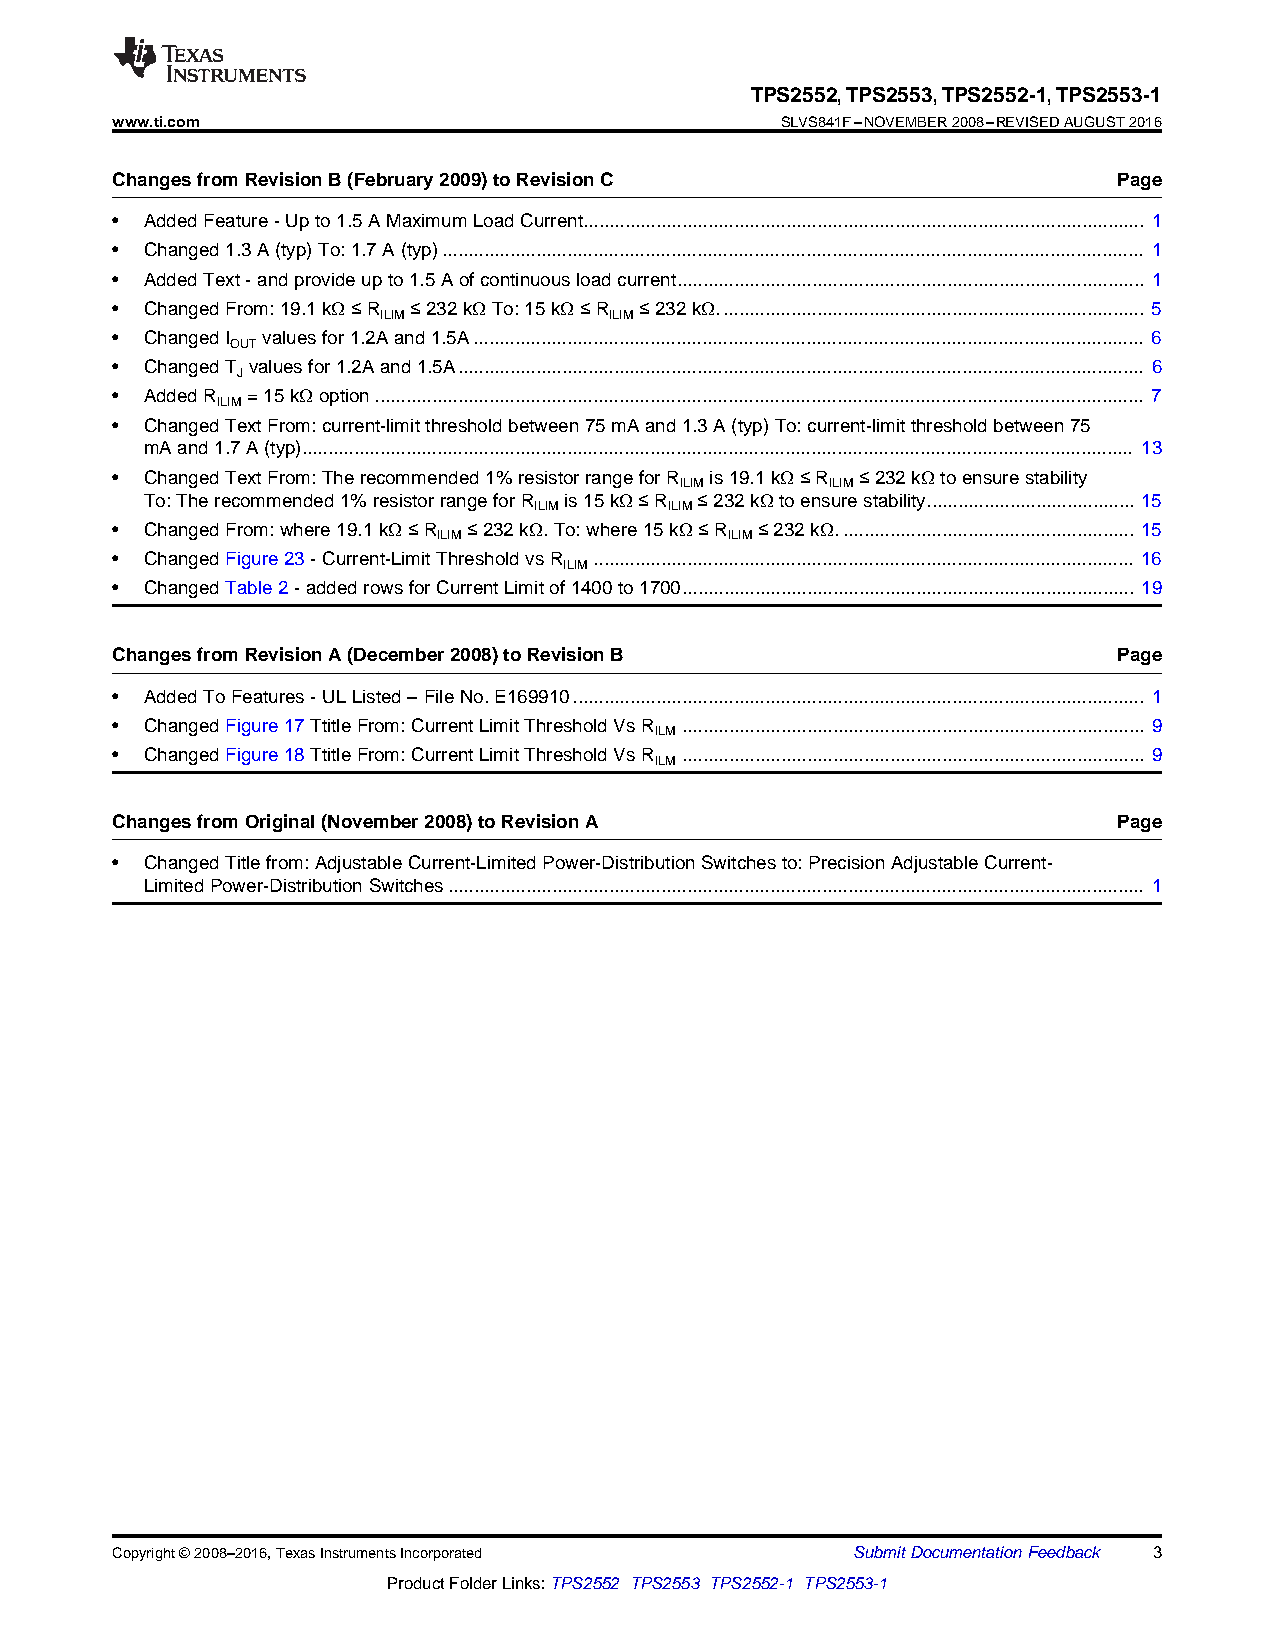
TPS2552,TPS2553,TPS2552-1,TPS2553-1
 www.ti.com                                   SLVS841F–NOVEMBER2008–REVISEDAUGUST2016
 ChangesfromRevisionB(February2009)toRevisionC                      Page
 •  AddedFeature-Upto1.5AMaximumLoadCurrent............................................................................................................ 1
 •  Changed1.3A(typ)To:1.7A(typ)....................................................................................................................................... 1
 •  AddedText-andprovideupto1.5Aofcontinuousloadcurrent.......................................................................................... 1
 •  ChangedFrom:19.1kΩ≤R ≤232kΩTo:15kΩ≤R ≤232kΩ.................................................................................. 5
 ILIM           ILIM
 •  ChangedI valuesfor1.2Aand1.5A................................................................................................................................. 6
 OUT
 •  ChangedT valuesfor1.2Aand1.5A.................................................................................................................................... 6
 J
 •  AddedR =15kΩoption.................................................................................................................................................... 7
 ILIM
 •  ChangedTextFrom:current-limitthresholdbetween75mAand1.3A(typ)To:current-limitthresholdbetween75
 mAand1.7A(typ)................................................................................................................................................................ 13
 •  ChangedTextFrom:Therecommended1%resistorrangeforR is19.1kΩ≤R ≤232kΩtoensurestability
 ILIM      ILIM
 To:Therecommended1%resistorrangeforR is15kΩ≤R ≤232kΩtoensurestability........................................ 15
 ILIM     ILIM
 •  ChangedFrom:where19.1kΩ≤R ≤232kΩ.To:where15kΩ≤R ≤232kΩ......................................................... 15
 ILIM               ILIM
 •  ChangedFigure23-Current-LimitThresholdvsR ........................................................................................................ 16
 ILIM
 •  ChangedTable2-addedrowsforCurrentLimitof1400to1700....................................................................................... 19
 ChangesfromRevisionA(December2008)toRevisionB                      Page
 •  AddedToFeatures-ULListed–FileNo.E169910.............................................................................................................. 1
 •  ChangedFigure17TtitleFrom:CurrentLimitThresholdVsR ......................................................................................... 9
 ILM
 •  ChangedFigure18TtitleFrom:CurrentLimitThresholdVsR ......................................................................................... 9
 ILM
 ChangesfromOriginal(November2008)toRevisionA                       Page
 •  ChangedTitlefrom:AdjustableCurrent-LimitedPower-DistributionSwitchesto:PrecisionAdjustableCurrent-
 LimitedPower-DistributionSwitches...................................................................................................................................... 1
 Copyright©2008–2016,TexasInstrumentsIncorporated SubmitDocumentationFeedback 3
 ProductFolderLinks:TPS2552 TPS2553 TPS2552-1 TPS2553-1